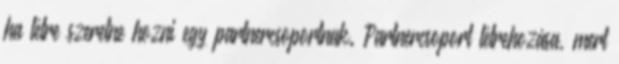
ha létre szeretne hozni egy partnercsoportnak. Partnercsoport létrehozása, mert